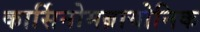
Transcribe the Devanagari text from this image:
कार्सिनोमब्रायोनिक